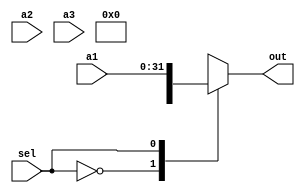
module MUX_32b_3_1(
    input [31:0]a1,
    input [31:0]a2,
    input [31:0]a3,
    input sel,
    output reg [31:0] out
);

    always @(*) begin
        case (sel)
            2'b00 : out = a0;
            2'b01 : out = a1;
            2'b10 : out = a2;
            default : out = a2;
        endcase
    end
    
endmodule